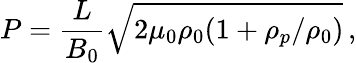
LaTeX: P=\frac{L}{B_{0}}\sqrt{2\mu_{0}\rho_{0}(1+\rho_{p}/\rho_{0})}\, ,